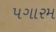
પગારમ